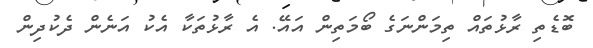
ބޮޑެތި ރާޅުތައް ތިމަންނަގެ ބޯމަތިން އައޭ. އެ ރާޅުތަކާ އެކު އަނެން ދެކުދިން